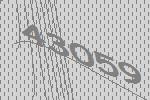
43059